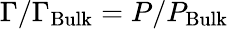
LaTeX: \Gamma/\Gamma_{\mathrm{Bulk}}=P/P_{\mathrm{Bulk}}